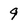
Character: 9